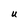
Character: U